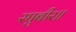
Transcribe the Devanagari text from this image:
रघुबीर॥